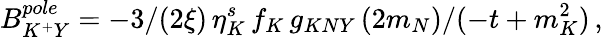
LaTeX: B_{K^{+}Y}^{pole}=-3/(2\xi)\, \eta_{K}^{s}\, f_{K}\, g_{KNY}\, (2m_{N})/(-t+m_{K}^{2})\, ,